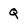
Character: q